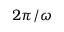
2 \pi / \omega